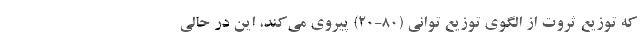
که توزیع ثروت از الگوی توزیع توانی (۸۰-۲۰) پیروی می‌کند، این در حالی